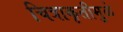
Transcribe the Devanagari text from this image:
चित्राकृतीमुळे